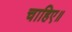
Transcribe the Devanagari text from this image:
चाहिए॥